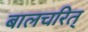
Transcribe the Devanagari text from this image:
बालचरित्